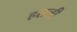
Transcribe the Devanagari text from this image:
हसली